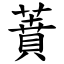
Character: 蕡